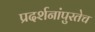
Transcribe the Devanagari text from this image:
प्रदर्शनांपुरतेच